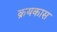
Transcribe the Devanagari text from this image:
क्रयकास